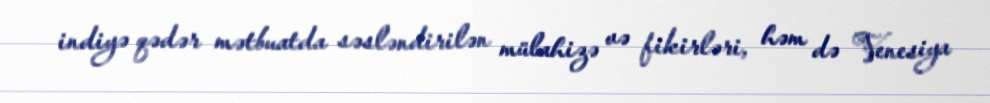
indiyə qədər mətbuatda səsləndirilən mülahizə və fikirləri, həm də Venesiya